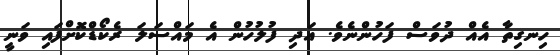
ހިނގިތާ އެއް ދުވަސް ފަހުންނެވެ. އަދި ފުލުހުން އެ މައްސަލަ ރެކޯޑްކޮށްފައި ވަނީ